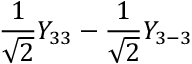
\frac { 1 } { \sqrt { 2 } } Y _ { 3 3 } - \frac { 1 } { \sqrt { 2 } } Y _ { 3 - 3 }